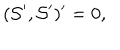
( { \cal S } ^ { \prime } , { \cal S } ^ { \prime } ) ^ { \prime } = 0 ,